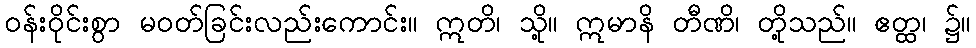
ဝန်းဝိုင်းစွာ မဝတ်ခြင်းလည်းကောင်း။ ဣတိ၊ သို့။ ဣမာနိ တီဏိ၊ တို့သည်။ ဧတ္ထ၊ ၌။